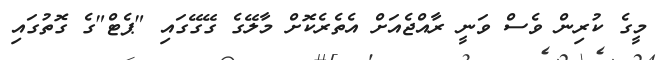
މީގެ ކުރިން ވެސް ވަނީ ރާއްޖެއަށް އެތެރެކޮށް މާލޭގެ ގޭގޭގައި "ޕެޓް"ގެ ގޮތުގައި